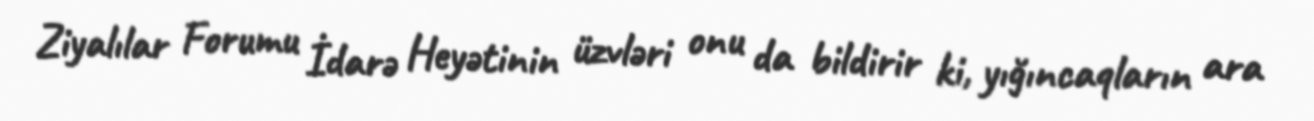
Ziyalılar Forumu İdarə Heyətinin üzvləri onu da bildirir ki, yığıncaqların ara